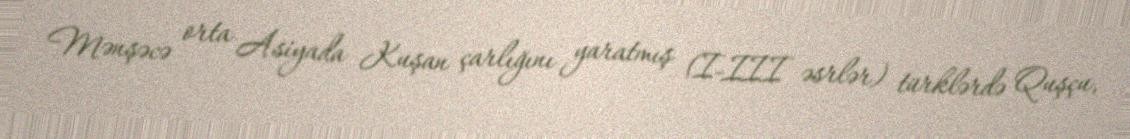
Mənşəcə orta Asiyada Kuşan çarlığını yaratmış (I-III əsrlər) türklərdə Quşçu,